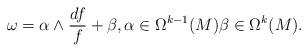
LaTeX: \begin{align*}\omega=\alpha\wedge\frac{df}{f}+\beta, \alpha\in\Omega^{k-1}(M) \beta\in\Omega^k(M).\end{align*}